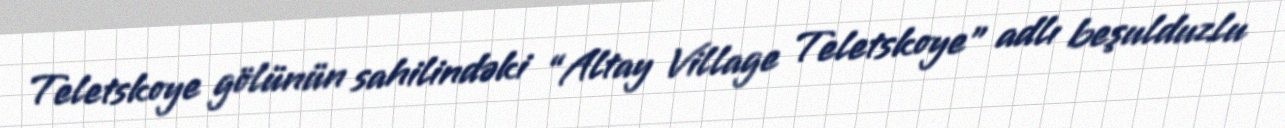
Teletskoye gölünün sahilindəki “Altay Village Teletskoye” adlı beşulduzlu